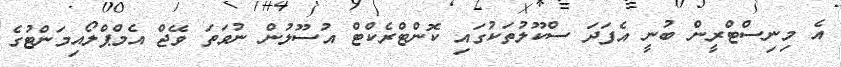
އެ މިނިސްޓްރީން ބުނީ އެފަދަ ސްކޫލުތަކުގައި ކޮންޓްރެކްޓް އުސޫލުން ނުވަތަ ވޭޖް އެމްޕްލޯއިމަންޓުގެ